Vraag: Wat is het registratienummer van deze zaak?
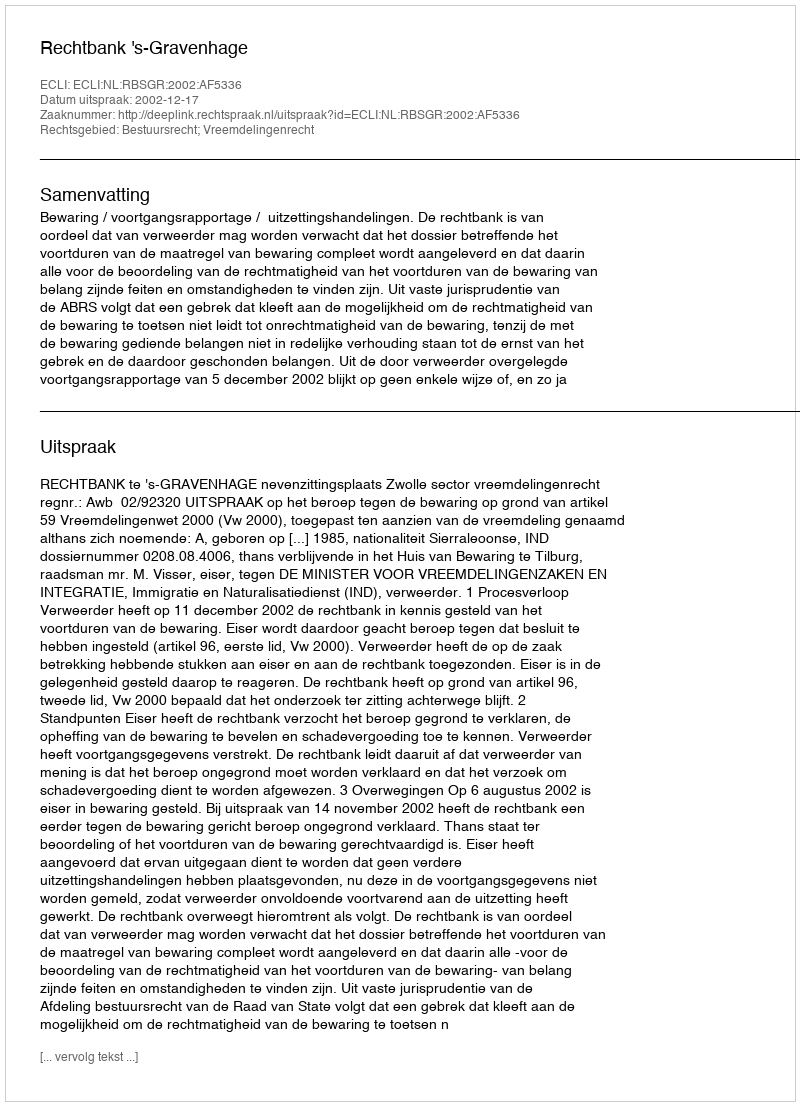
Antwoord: http://deeplink.rechtspraak.nl/uitspraak?id=ECLI:NL:RBSGR:2002:AF5336